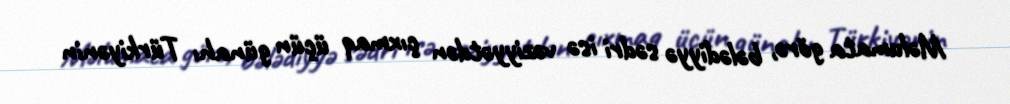
Məlumata görə, bələdiyyə sədri isə vəziyyətdən çıxmaq üçün günahı Türkiyənin